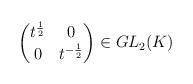
LaTeX: \begin{align*}\begin{pmatrix}t^{\frac{1}{2}} & 0 \\0 & t^{-\frac{1}{2}} \end{pmatrix} \in GL_2(K)\end{align*}